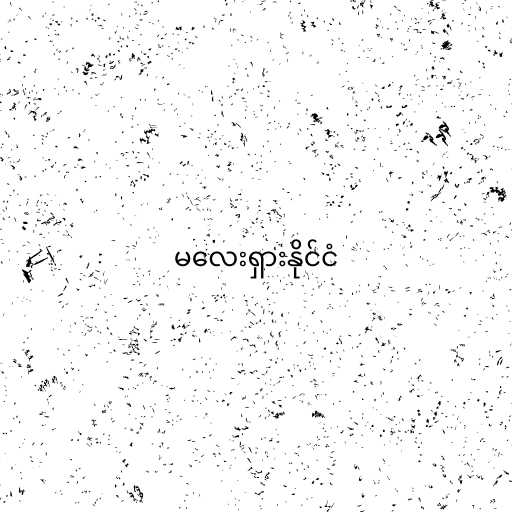
မလေးရှားနိုင်ငံ